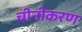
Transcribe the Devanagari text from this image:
चीनीकरण